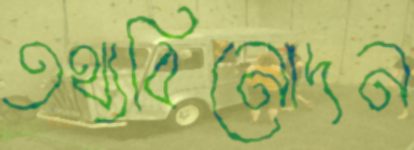
তথ্যবিনোদন